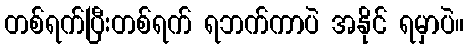
တစ်ရက်ပြီးတစ်ရက် ရဘက်ကာပဲ အနိုင် ရမှာပဲ။